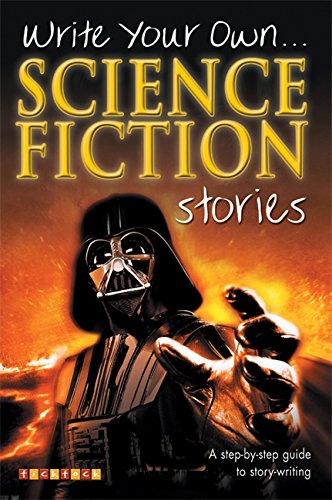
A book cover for Science Fiction Stories (Write Your Own); Science Fiction & Fantasy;